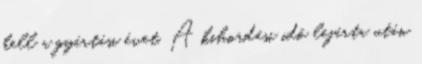
kell a gyártási évet. A kihordási idõ lejárta után